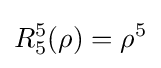
R_{5}^{5}(\rho )=\rho ^{5}